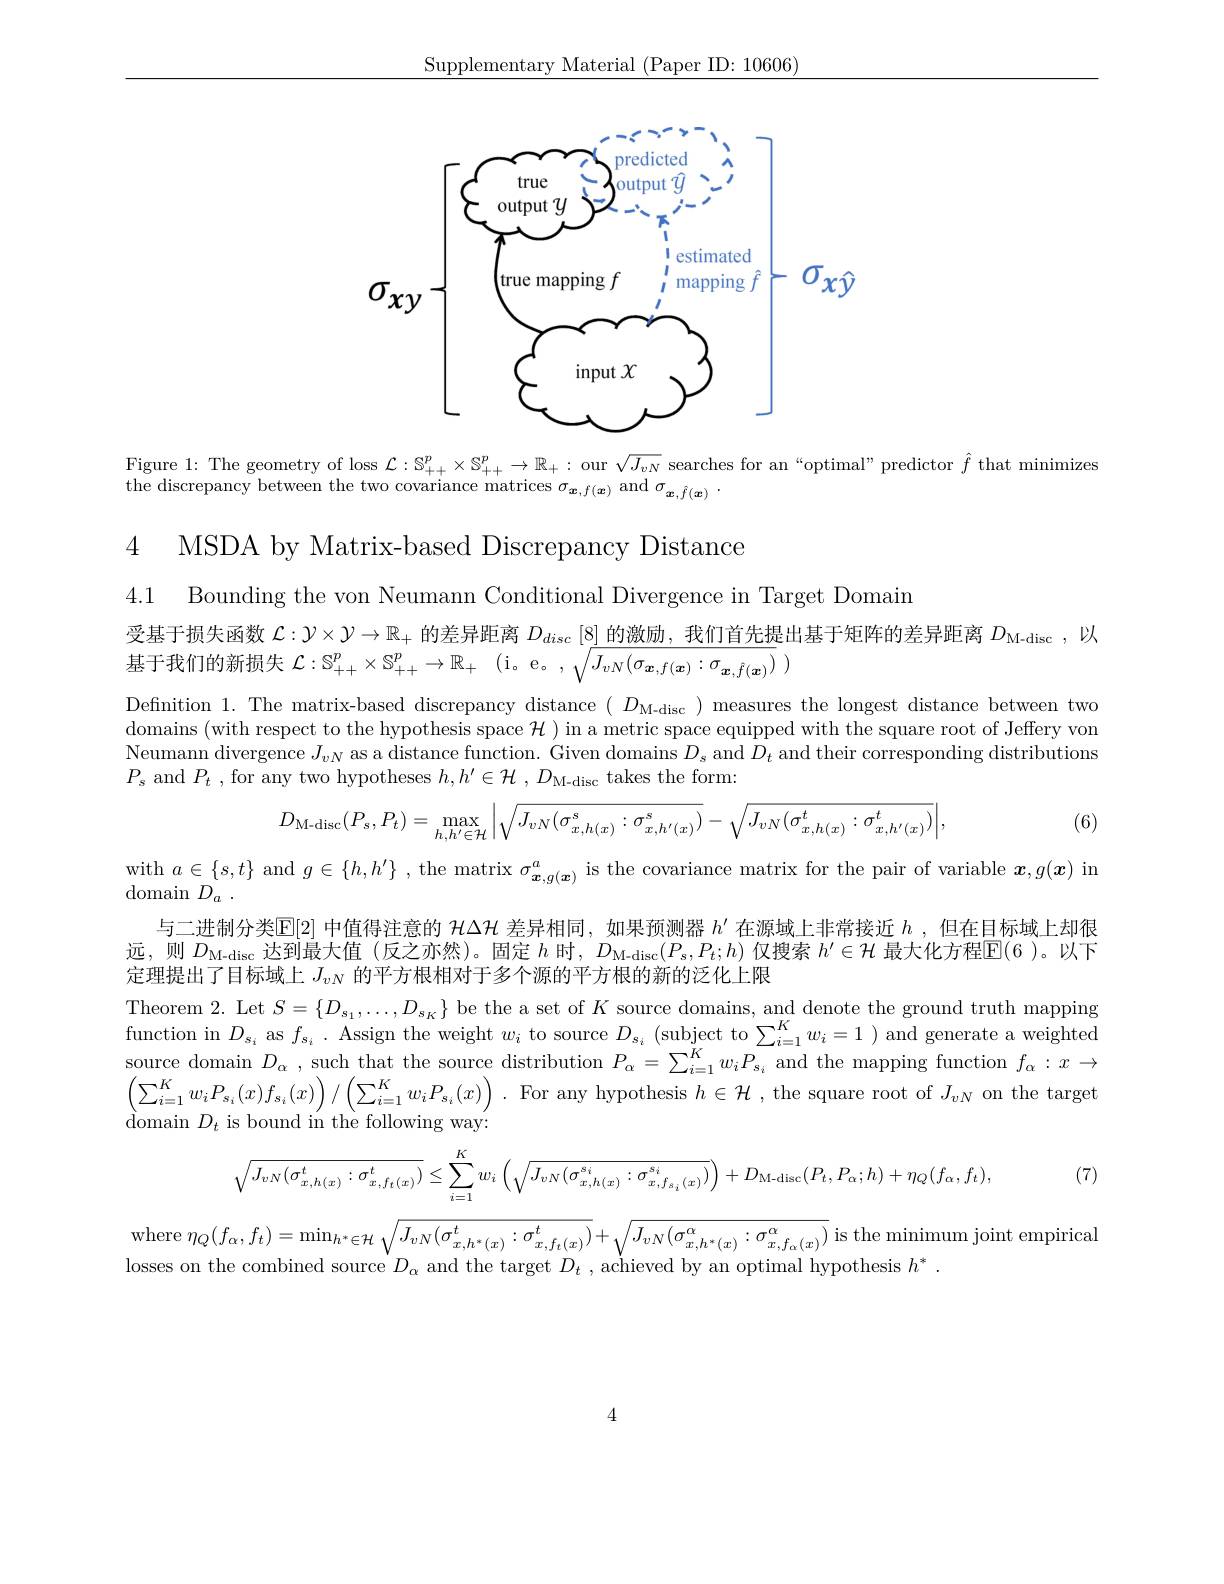
Supplementary Material (Paper ID: 10606)
$$\sigma_{xy}=\begin{bmatrix}\underbrace{\underbrace{\underbrace{\underbrace{\overbrace{\overbrace{\overbrace{\overbrace{\overbrace{\overbrace{\overbrace{\overbrace{\overbrace{\overbrace{\overbrace{\overbrace{\overbrace{\overbrace{\overbrace{\overbrace{\overbrace{\overbrace{\overbrace{\overbrace{\overbrace{\overbrace{\overbrace{\overbrace{\overbrace{\overbrace{\overbrace{\overbrace{\overbrace{\overbrace{\overbrace{\overbrace{\overbrace{\overbrace{\overbrace{\overbrace{\overbrace{\overbrace{\overbrace{\overbrace{\overbrace{\overbrace{\overbrace{\overbrace{}}}}}}}}}}}}}}}}}}}}}}}}}}}}}}_{\text{true mapping}}}}_{\text{input}x}}}_{\text{mapping }\hat{f}_{\text{mapping }}\hat{f}_{\text{mapping }\hat{f}}}\end{bmatrix}-\sigma_{x\hat{y}}\\\underbrace{\underbrace{\underbrace{\overbrace{\overbrace{\overbrace{\overbrace{\overbrace{\overbrace{\overbrace{\overbrace{\overbrace{\overbrace{\overbrace{\overbrace{\overbrace{\overbrace{\overbrace{\overbrace{\overbrace{\overbrace{\overbrace{\overbrace{\overbrace{\overbrace{\overbrace{\overbrace{\overbrace{\overbrace{\overbrace{\overbrace{\overbrace{\overbrace{\overbrace{\overbrace{\overbrace{}}}}}}}}}}}}}}}}}}}}}}}}}}}}_{\text{input}x}}}_{\text{input }x}}}_{\text{input }x}\\\\\\\\\\\\\\\\\\\\\\\\\\\\\\\\\\\\\\\\\\\\\\\\\\\\\\\\\\\\\\\\\\\\\\\\\\\\\\\\\\\\\\\\\\\\\\\\\\\\\\\\\\\\\\\\\\\\\\\\\\\\\\\\\\\\\\\\\\\\\\\\\\\\\\\\\\\\\\\\\\\\\\\\\\\\\\\\\\\\\\\\\\\\\\\\\\\\\\\\\\\\\\\\\\\\\\\\\\\\\\\\\\\\\\\\\\\\\\\\\\\\\\\\\\\\\\\\\\\\\\\\\\\\\\\\\\\\\\\\\\\\\\\\\\\\\\\\\\\\\\\\\\\\\\\\\\\\\\\\\\\\\\\\\\\\\\\\\\\\\\\\\\\\\\\\\\\\\\\\\\\\\\\\\\\\\\\\\\\\\\\\\\\\\\\\\\\\\\\\\\\\\\\\\\\\\\\\\\\\\\\\\\\\\\\\\\\\\\\\\\\\\\\\\\\\\\\\\\\\\\\\\\\\\\\\\\\\\\\\\\\\\\\\\\\\\\\\\\\\\\\\\\\\\\\\\\\\\\\\\\\\\\\\\\\\\\\\\\\\\\\\\\\\\\\\\\\\\\\\\\\\\\\\\\\\\\\\\\\\\\\\\\\\\\\\\\\\\\\\\\\\\\\\\\\\\\\\\\\\\\\\\\\\\\\\\\\\\\\\\\\\\\\\\\\\\\\\\\\\\\\\\\\\\\\\\\\\\\\\\\\\\\\\\\\\\\\\\\\\\\\\\\\\\\\\\\\\\\\\\\\\\\\\\\\\\\\\\\\\\\\\\\\\\\\\\\\\\\\\\\\\\\\\\\\\\\\\\\\\\\\\\\\\\\\\\\\\\\\\\\\\\\\\\\\\\\\\\\\\\\\\\\\\\\\\\\\\\\\\\\\\\\\\\\\\\\\\\\\\\\\\\\\\\\\\\\\\\\\\\\\\\\\\\\\\\\\\\\\\\\\\\\\\\\\\\\\\\\\\\\\\\\\\\\\\\\\\\\\\\\\\\\\\\\\\\\\\\\\\\\\\\\\\\\\\\\\\\\\\\\\\\\\\\\\\\\\\\\\\\\\\\\\\\\\\\\\\\\\\\\\\\\\\\\\\\\\\\\\\\\\\\\\\\\\\\\\\\\\\\\\\\\\\\\\\\\\\\\\\\\\\\\\\\\\\\\\\\\\\\\\\\\\\\\\\\\\\\\\\\\\\\\\\\\\\\\\\\\\\\\\\\\\\\\\\\\\\\\\\\\\\\\\\\\\\\\\\\\\\\\\\\\\\\\\\\\\\\\\\\\\\\\\\\\\\\\\\\\\\\\\\\\\\\\\\\\\\\\\\\\\\\\\\\\\\\\\\\\\\\\\\\\\\\\\\\\\\\\\\\\\\\\\\\\\\\\\\\\\\\\\\\\$$
Figure 1: The geometry of loss $\mathcal{L}:\mathbb{S}_{++}^p\times\mathbb{S}_{++}^p\to\mathbb{R}_+:$ our $\sqrt J_{vN}$ searches for an “optimal” predictor $\hat{f}$ that minimizes

4 MSDA by Matrix-based

Discrepancy Distance

4.1 Bounding the von Neumann Conditional Divergence in Target Domain
受基于损失函数$\mathcal{L}:\mathcal{V}\times\mathcal{V}\to\mathbb{R}_+$的差异距离$D_disc\left[8\right]$的激励，我们首先提出基于矩阵的差异距离$D_\mathrm{M-disc}$ ,以
基于我们的新损失$\mathcal{L} : \mathbb{S} _{+ + }^p\times \mathbb{S} _{+ + }^p\to \mathbb{R} _+$ (i。e。,$\sqrt J_vN(\sigma_{\boldsymbol{x},f(\boldsymbol{x})}:\sigma_{\boldsymbol{x},\hat{f}(\boldsymbol{x})})$

Definition 1. The matrix-based discrepancy distance $(D_{\mathrm{M-disc}})$ measures the longest distance between two domains (with respect to the hypothesis space $\mathcal{H})$ in a metric space equipped with the square root of Jeffery von Neumann divergence $J_vN$ as a distance function. Given domains $D_s$ and $D_t$ and their corresponding distributions $P_{s}$ and $P_t$ , for any two hypotheses $h, h^\prime \in \mathcal{H} , D_{\mathrm{M- disc}}$ takes the form:
$$D_{\text{M-disc}}(P_s,P_t)=\max_{h,h'\in\mathcal{H}}\bigg|\sqrt{J_{vN}(\sigma_{x,h(x)}^s:\sigma_{x,h'(x)}^s)}-\sqrt{J_{vN}(\sigma_{x,h(x)}^t:\sigma_{x,h'(x)}^t)}\bigg|,$$
(6)

with $a\in \{ s, t\}$ and $g\in\{h,h^{\prime}\}$ , the matrix $\sigma_{\boldsymbol{x},g(\boldsymbol{x})}^{a}$ is the covariance matrix for the pair of variable $\boldsymbol{x},g(\boldsymbol{x})$ in

domain $D_a$ .

与二进制分类$\mathbb{E}[2]$中值得注意的$\mathcal H\Delta\mathcal{H}$差异相同，如果预测器$h^\prime$在源域上非常接近$h$ ,但在目标域上却很远，则$D_{\mathrm{M-disc}}$达到最大值 (反之亦然)。固定$h$时，$D_{\mathrm{M-disc}}(P_{s},P_{t};h)$仅搜索$h^\prime\in\mathcal{H}$最大化方程$\mathbb{E}(6$ )。以下定理提出了目标域上$J_{vN}$的平方根相对于多个源的平方根的新的泛化上限

Theorem 2. Let $S=\{D_s_1,\ldots,D_{s_K}\}$ be the a set of $K$ source domains, and denote the ground truth mapping function in $D_{s_{i}}$ as $f_{s_{i}}.$ Assign the weight $w_i$ to source $D_{s_{i}}(\operatorname*{subject~to}\sum_{i=1}^{K}w_{i}=1)$ and generate a weighted source domain $D_\alpha$, such that the source distribution $P_\alpha=\sum_{i=1}^Kw_iP_{s_i}$ and the mapping function $f_\alpha:x\to$ $\left(\sum_{i=1}^{K}w_{i}P_{s_{i}}(x)f_{s_{i}}(x)\right)/\left(\sum_{i=1}^{K}w_{i}P_{s_{i}}(x)\right).$ For any hypothesis $h\in\mathcal{H}$, the square root of $J_vN$ on the target ${\mathrm{domain~}}D_{t}{\mathrm{~is~bound~in~the~following~way:}}$
$$\sqrt{J_{vN}(\sigma_{x,h(x)}^{t}:\sigma_{x,f_{t}(x)}^{t})}\leq\sum_{i=1}^{K}w_{i}\left(\sqrt{J_{vN}(\sigma_{x,h(x)}^{s_{i}}:\sigma_{x,f_{s_{i}}(x)}^{s_{i}})}\right)+D_{\mathrm{M-disc}}(P_{t},P_{\alpha};h)+\eta_{Q}(f_{\alpha},f_{t}),$$
(7), (7)

where $\eta _{Q}( f_{\alpha }, f_{t}) = \operatorname* { min} _{h^{* }\in \mathcal{H} }\sqrt {J_{vN}( \sigma _{x, h^{* }( x) }^{t}: \sigma _{x, f_{t}( x) }^{t}) }+ \sqrt {J_{vN}( \sigma _{x, h^{* }( x) }^{\alpha }: \sigma _{x, f_{\alpha }( x) }^{\alpha }) }$ is the minimum joint empirical
losses on the combined source $D_\alpha$ and the target $D_t$ , achieved by an optimal hypothesis $h^*.$